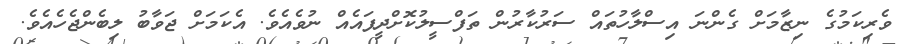
ވެރިކަމުގެ ނިޒާމަށް ގެންނަ އިސްލާހުތައް ސަރުކާރުން ތަފްސީލުކޮށްދީފައެއް ނުވެއެވެ. އެކަމަށް ޖަވާބު ލިބެންޖެހެއެވެ.